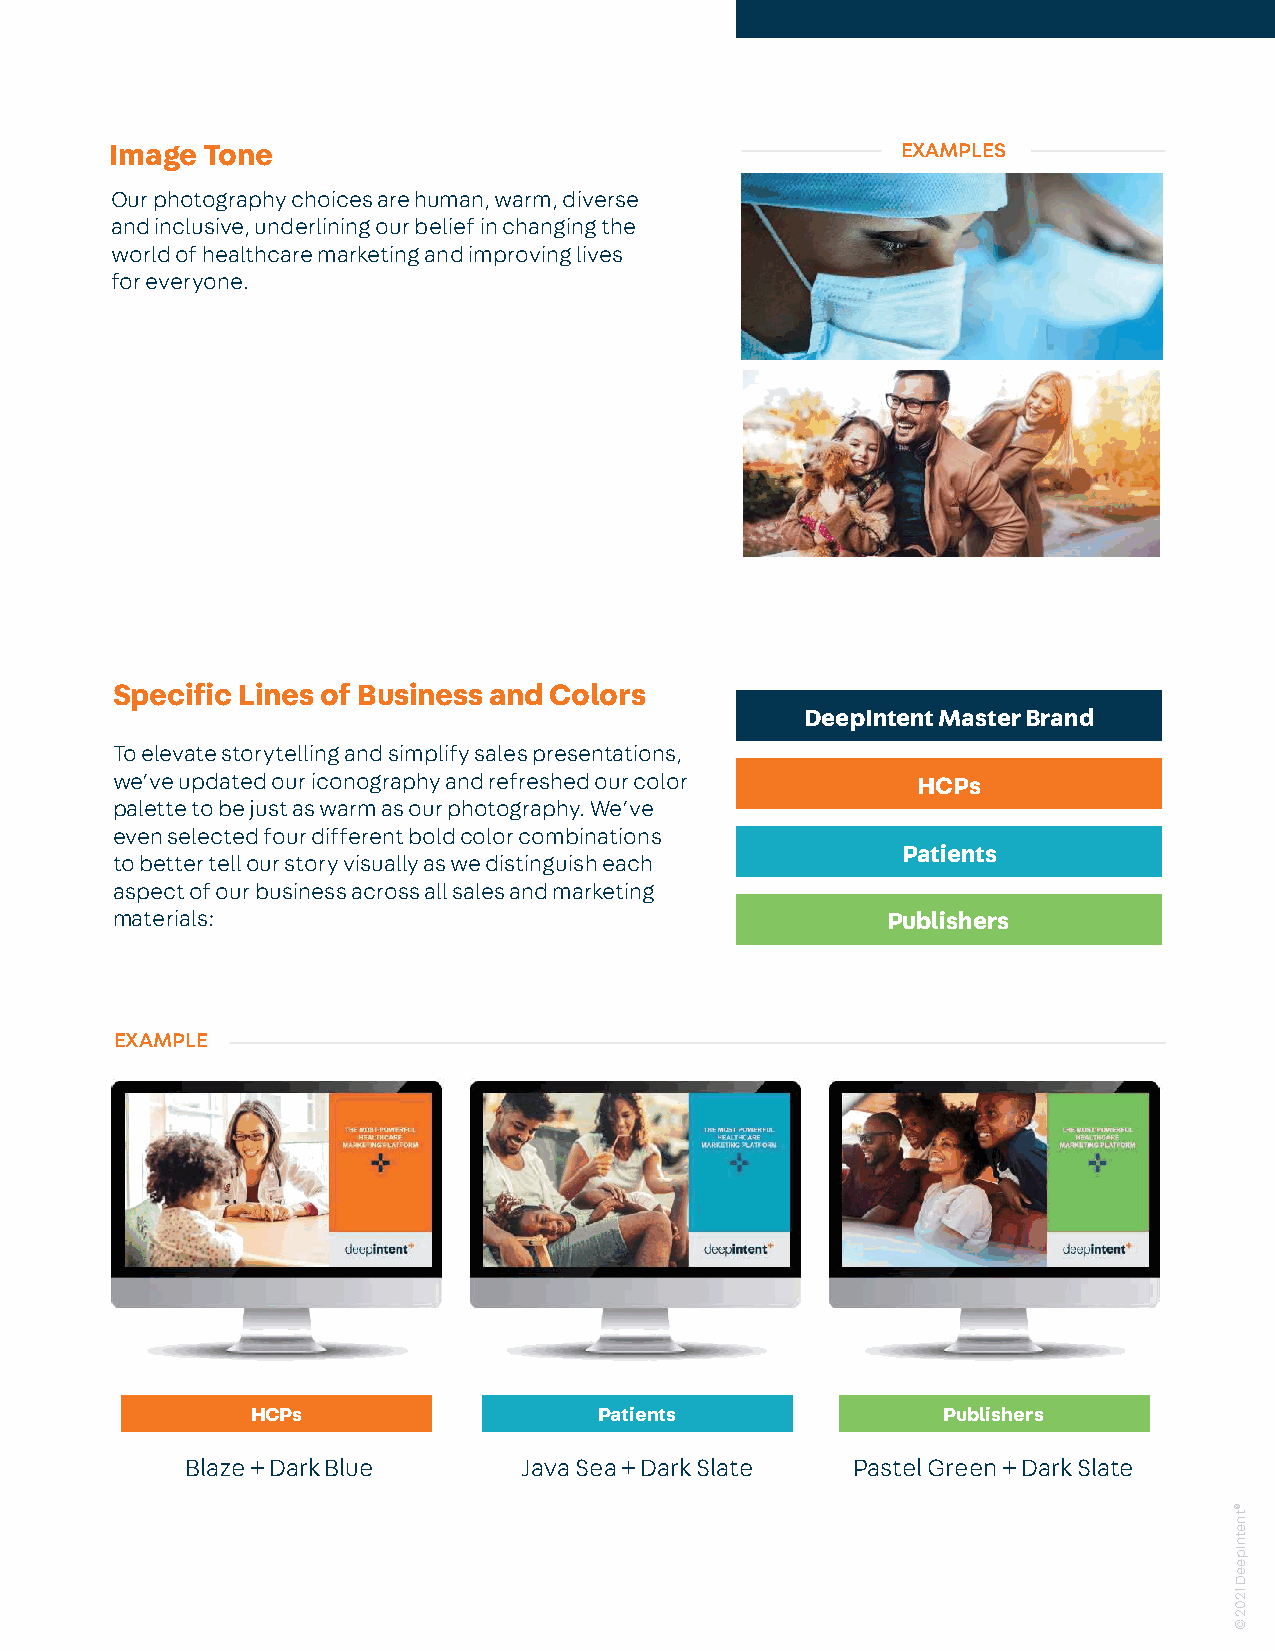
Image Tone                                           EXAMPLES
 Our photography choices are human, warm, diverse
 and inclusive, underlining our belief in changing the
 world of healthcare marketing and improving lives
 for everyone.
 Specific Lines of Business and Colors
 DeepIntent Master Brand
 To elevate storytelling and simplify sales presentations,
 we’ve updated our iconography and refreshed our color HCPs
 palette to be just as warm as our photography. We’ve
 even selected four different bold color combinations
 Patients
 to better tell our story visually as we distinguish each
 aspect of our business across all sales and marketing
 materials:                                          Publishers
 EXAMPLE
 HCPs                   Patients              Publishers
 Blaze + Dark Blue      Java Sea + Dark Slate Pastel Green + Dark Slate
 ®tnetnIpeeD
 1202
 ©